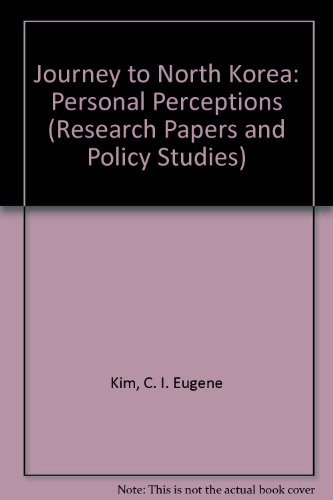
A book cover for Journey to North Korea: Personal Perceptions (Research Papers and Policy Studies); C. I. Eugene Kim; Travel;